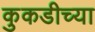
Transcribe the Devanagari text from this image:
कुकडीच्या